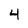
Character: 4